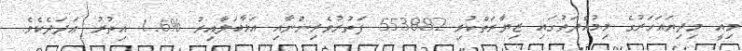
މިއީ މިދިޔައަހަރުގެ މިމުއްދަތުގައި ޒިޔާރަތްކުރި 553882 ފަތުރުވެރިންނާއި އަޅާބަލާއިރު %1.6 އިތުރު ޢަދަދެކެވެ.